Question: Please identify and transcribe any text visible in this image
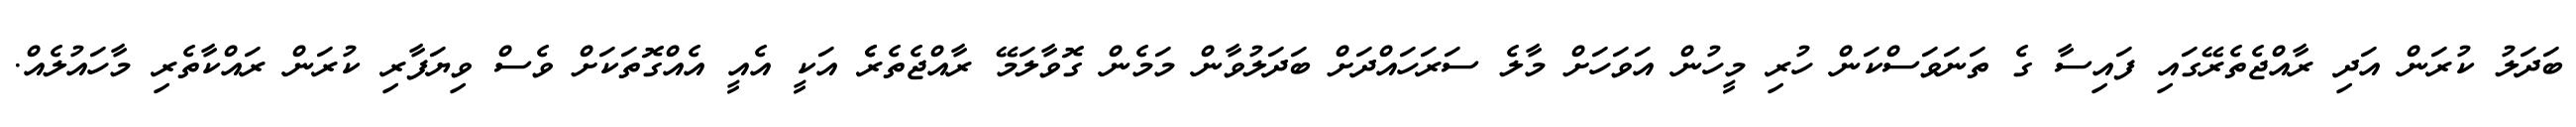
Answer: ބަދަލު ކުރަން އަދި ރާއްޖެތެރޭގައި ފައިސާ ގެ ތަނަވަސްކަން ހުރި މީހުން އަވަހަށް މާލެ ސަރަހައްދަށް ބަދަލުވާން މަމެން ގޮވާލަމޭ ރާއްޖެތެރެެ އަކީ އެއީ އެއްގޮތަކަށް ވެސް ވިޔަފާރި ކުރަން ރައްކާތެރި މާހައުލެއް.